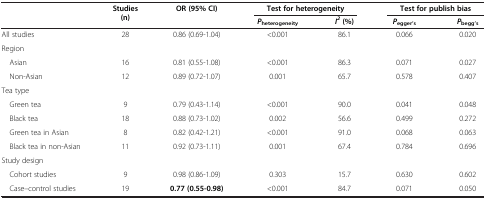
|  | Studies (n) | OR (95% CI) | <COLSPAN=2> Test for heterogeneity | <COLSPAN=2> Test for publish bias |
 |  |  |  | Pheterogeneity | I2(%) | Pegger’s | Pbegg’s |
 | --- | --- | --- | --- | --- | --- | --- |
 | All studies | 28 | 0.86 (0.69-1.04) | <0.001 | 86.1 | 0.066 | 0.020 |
 | <COLSPAN=7> Region |
 | Asian | 16 | 0.81 (0.55-1.08) | <0.001 | 86.3 | 0.071 | 0.027 |
 | Non-Asian | 12 | 0.89 (0.72-1.07) | 0.001 | 65.7 | 0.578 | 0.407 |
 | <COLSPAN=7> Tea type |
 | Green tea | 9 | 0.79 (0.43-1.14) | <0.001 | 90.0 | 0.041 | 0.048 |
 | Black tea | 18 | 0.88 (0.73-1.02) | 0.002 | 56.6 | 0.499 | 0.272 |
 | Green tea in Asian | 8 | 0.82 (0.42-1.21) | <0.001 | 91.0 | 0.068 | 0.063 |
 | Black tea in non-Asian | 11 | 0.92 (0.73-1.11) | 0.001 | 67.4 | 0.784 | 0.696 |
 | <COLSPAN=7> Study design |
 | Cohort studies | 9 | 0.98 (0.86-1.09) | 0.303 | 15.7 | 0.630 | 0.602 |
 | Case–control studies | 19 | 0.77 (0.55-0.98) | <0.001 | 84.7 | 0.071 | 0.050 |